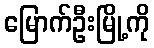
မြောက်ဦးမြို့ကို